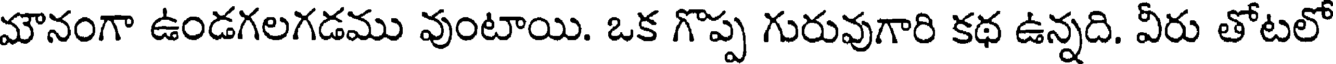
మౌనంగా ఉండగలగడము వుంటాయి. ఒక గొప్ప గురువుగారి కథ ఉన్నది. వీరు తోటలో